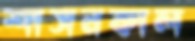
শাসনকাল